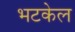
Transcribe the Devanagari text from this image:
भटकेल